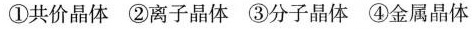
①共价晶体②离子晶体③分子晶体④金属晶体